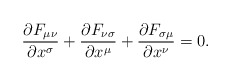
\begin{align*}{\partial F_{\mu\nu} \over \partial x^\sigma} +{\partial F_{\nu\sigma} \over \partial x^\mu} +{\partial F_{\sigma\mu} \over \partial x^\nu} = 0.\end{align*}